Plague in India, 1896, 1897 - Volume 3
Year: 1896
Disease focus: Plague
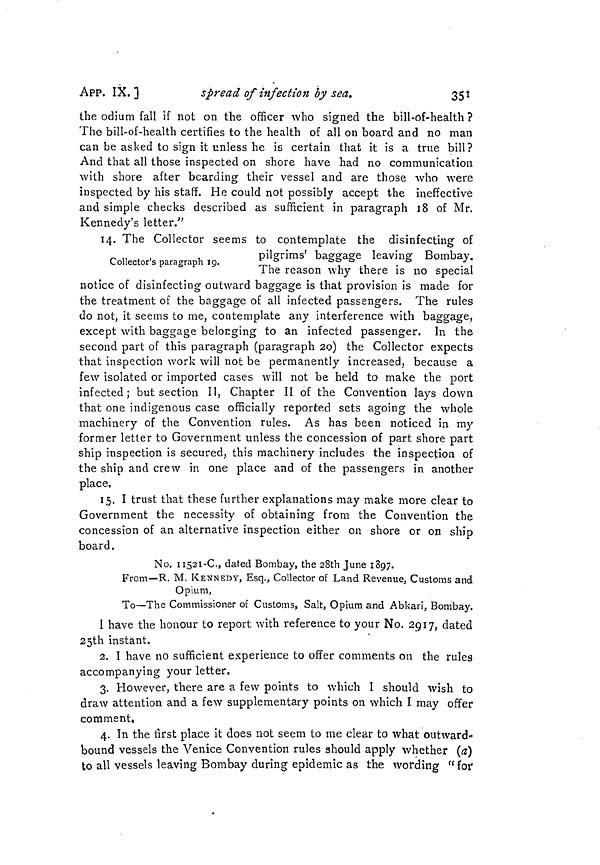
351
APP. IX.]
spread of infection by sea.
the odium fall if not on the officer who signed the bill-of-health ?
The bill-of-health certifies to the health of all on board and no man
can be asked to sign it unless he is certain that it is a true bill?
And that all those inspected on shore have had no communication
with shore after bearding their vessel and are those who were
inspected by his staff. He could not possibly accept the ineffective
and simple checks described as sufficient in paragraph 18 of Mr.
Kennedy's letter."
14. The Collector seems to contemplate the disinfecting of
Collector's paragraph 19.
pilgrims' baggage leaving Bombay.
The reason why there is no special
notice of disinfecting outward baggage is that provision is made for
the treatment of the baggage of all infected passengers. The rules
do not, it seems to me, contemplate any interference with baggage,
except with baggage belonging to an infected passenger. In the
second part of this paragraph (paragraph 20) the Collector expects
that inspection work will not be permanently increased, because a
few isolated or imported cases will not be held to make the port
infected; but section II, Chapter II of the Convention lays down
that one indigenous case officially reported sets agoing the whole
machinery of the Convention rules. As has been noticed in my
former letter to Government unless the concession of part shore part
ship inspection is secured, this machinery includes the inspection of
the ship and crew in one place and of the passengers in another
place.
15. I trust that these further explanations may make more clear to
Government the necessity of obtaining from the Convention the
concession of an alternative inspection either on shore or on ship
board.
No. II52I-C., dated Bombay, the 28th June 1897.
From—R. M. KENNEDY, Esq., Collector of Land Revenue, Customs and
Opium,
To—The Commissioner of Customs, Salt, Opium and Abkari, Bombay.
I have the honour to report with reference to your No. 2917, dated
25th instant.
2. I have no sufficient experience to offer comments on the rules
accompanying your letter.
3. However, there are a few points to which I should wish to
draw attention and a few supplementary points on which I may offer
comment.
4. In the first place it does not seem to me clear to what outward-
bound vessels the Venice Convention rules should apply whether (a)
to all vessels leaving Bombay during epidemic as the wording " for